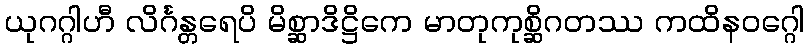
ယုဂဂ္ဂါဟီ လိင်္ဂန္တရေပိ မိစ္ဆာဒိဋ္ဌိကေ မာတုကုစ္ဆိဂတဿ ကထိနဝဂ္ဂေါ